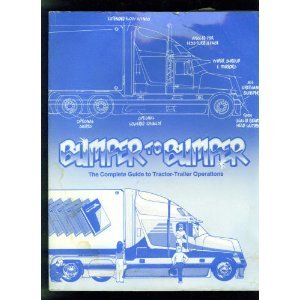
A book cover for Bumper-To-Bumper: The Complete Guide to Tractor-Trailer Operations; Mike Byrnes; Test Preparation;